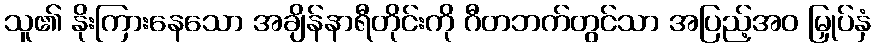
သူ၏ နိုးကြားနေသော အချိန်နာရီတိုင်းကို ဂီတဘက်တွင်သာ အပြည့်အဝ မြှုပ်နှံ